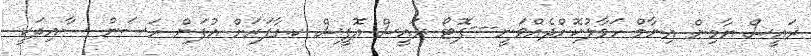
ރައީސް ޔާމިން އިނާމް ހަވާލުކޮށްދެއްވަނީ---ފޮޓޯ ރައީސް އޮފީސް ކ.ގާފަރަށް އުފަން ހަސަން ސާއިދަކީ